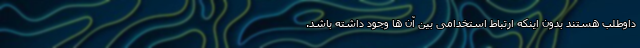
داوطلب هستند بدون اینکه ارتباط استخدامی بین آن ها وجود داشته باشد.